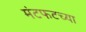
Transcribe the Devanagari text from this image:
मंटफटच्या